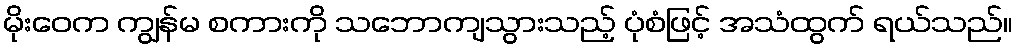
မိုးဝေက ကျွန်မ စကားကို သဘောကျသွားသည့် ပုံစံဖြင့် အသံထွက် ရယ်သည်။